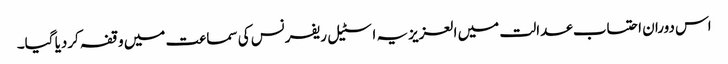
اس دوران احتساب عدالت میں العزیزیہ اسٹیل ریفرنس کی سماعت میں وقفہ کردیا گیا۔